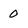
Character: 0